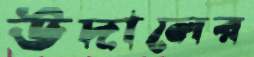
উদালের